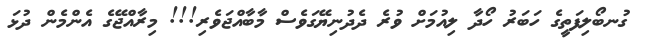
ގުނބޯލިފަތީގެ ހަބަރު ހޯދާ ލިއުމަށް ވުރެ ދެދުނިޔޭގަވެސް މާބާއްޖަވެރި!!! މިރާއްޖޭގެ އެންމެން ދުޅަ